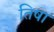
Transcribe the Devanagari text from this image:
तिषा